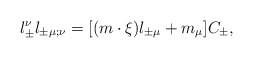
\begin{align*}l^\nu_\pm l_{\pm\mu;\nu}=[(m\cdot\xi) l_{\pm\mu}+ m_\mu]C_\pm,\end{align*}